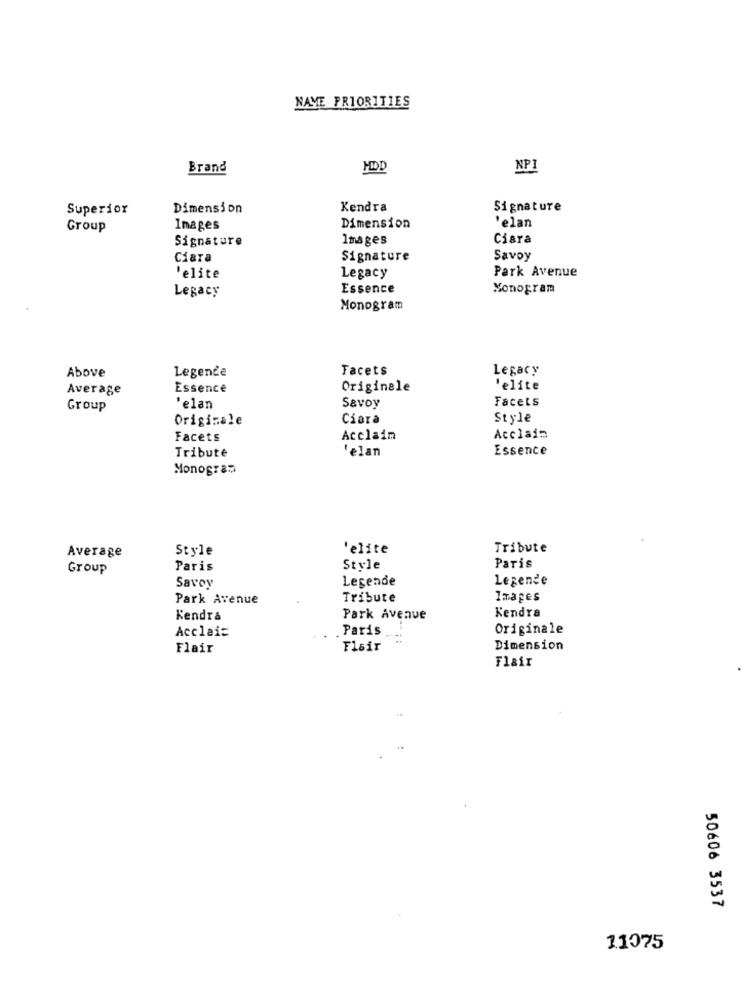
NAVE PRIORITIES
Brand
HDD
NP1
Superior
Dimension
Kendra
Signature
Group
Images
Dimension
'elan
Signature
Images
Ciara
Ciara
Signature
Savoy
Park Avenue
'elite
Legacy
Legacy
Essence
Monogram
Monogram
Above
Legende
Facets
Legacy
Average
Essence
Originele
'elite
Facets
Group
'elan
Savoy
Originale
Ciara
Style
Facets
Acclaim
Acclain
'elan
Essence
Tribute
Monogram
Style
'elite
Tribute
Average
Group
Paris
Style
Paris
Legende
Legende
Savoy
Park Avenue
Tribute
Images
Kendra
Kendra
Park Avenue
Paris
Originale
Acclais
Flair
Flair
Dimension
Flair
50606 3537
11075